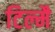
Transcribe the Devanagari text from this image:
टिल्मै